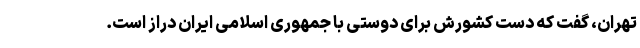
تهران، گفت که دست کشورش برای دوستی با جمهوری اسلامی ایران دراز است.